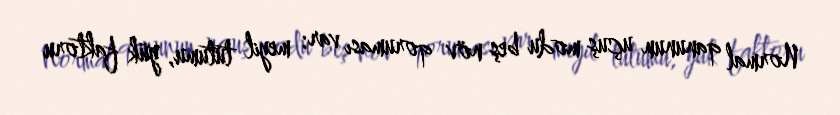
Normal qanunun uçuş modu beş növ qoruması var: meyil tutumu, yük faktoru